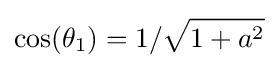
\cos(\theta _{1})=1/{\sqrt {1+a^{2}}}